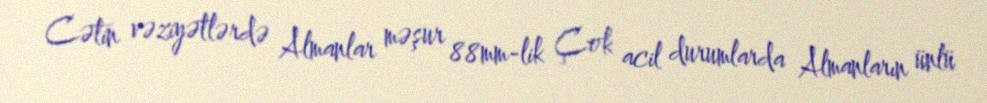
Cətin vəziyətlərdə Almanlar məşur 88mm-lik Çok acil durumlarda Almanların ünlü